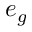
e _ { g }